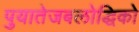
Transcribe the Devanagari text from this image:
पुयातेजबलोद्धिको